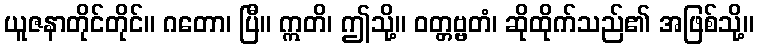
ယူဇနာတိုင်တိုင်။ ဂတော၊ ပြီ။ ဣတိ၊ ဤသို့။ ဝတ္တဗ္ဗတံ၊ ဆိုထိုက်သည်၏ အဖြစ်သို့။